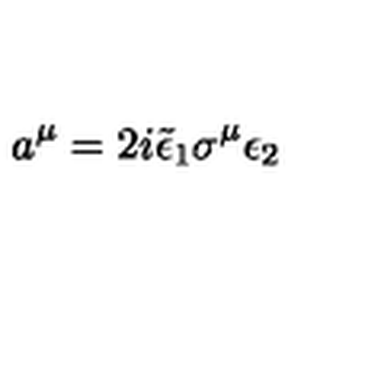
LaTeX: a ^ { \mu } = 2 i \tilde { \epsilon } _ { 1 } \sigma ^ { \mu } \epsilon _ { 2 }